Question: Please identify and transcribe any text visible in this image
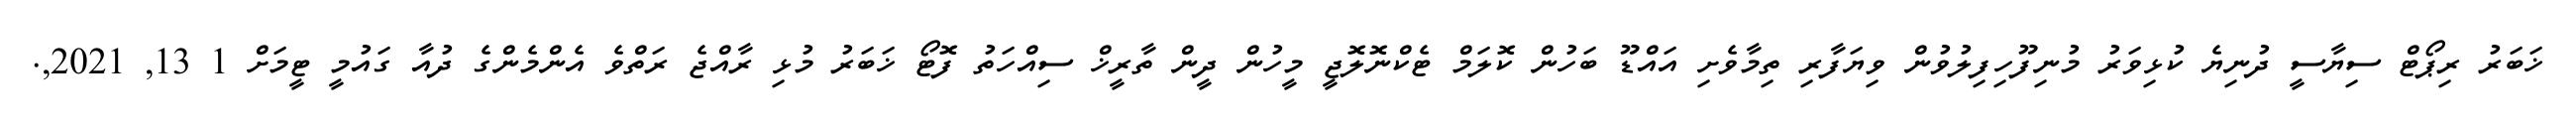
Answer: ޚަބަރު ރިޕޯޓް ސިޔާސީ ދުނިޔެ ކުޅިވަރު މުނިފޫހިފިލުވުން ވިޔަފާރި ތިމާވެށި އައްޑޫ ބަހުން ކޮލަމް ޓެކްނޮލޮޖީ މީހުން ދީން ތާރީޚް ސިއްހަތު ފޮޓޯ ޚަބަރު މުޅި ރާއްޖެ ރަތްވެ އެންމެންގެ ދުއާ ގައުމީ ޓީމަށް 1 13, 2021,.